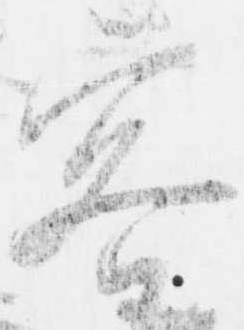
客